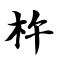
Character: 杵